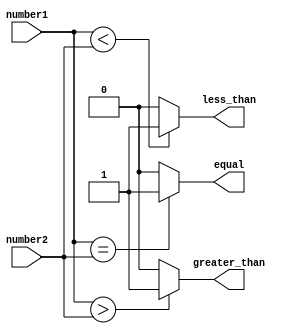
module serial_comparator(input [7:0] number1, input [7:0] number2, 
                          output equal, output less_than, output greater_than);

    assign equal = (number1 == number2) ? 1'b1 : 1'b0;
    assign less_than = (number1 < number2) ? 1'b1 : 1'b0;
    assign greater_than = (number1 > number2) ? 1'b1 : 1'b0;

endmodule